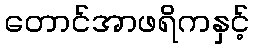
တောင်အာဖရိကနှင့်